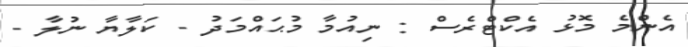
އެންމެ މޮޅު އެކްޓްރެސް : ނިއުމާ މުޙައްމަދު - ކަލާޔާ ނުލާ -